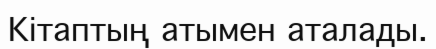
Кітаптың атымен аталады.